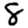
Digit: 8